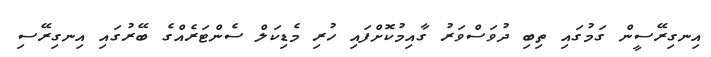
އިނގިރޭސީން ގަމުގައި ތިބި ދުވަސްވަރު ގާއިމުކޮށްފައި ހުރި މެޑިކަލް ސެންޓަރެއްގެ ބޭރުގައި އިނގިރޭސި